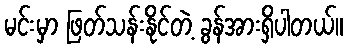
မင်းမှာ ဖြတ်သန်းနိုင်တဲ့ ခွန်အားရှိပါတယ်။